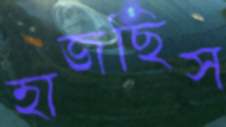
হাজছিস